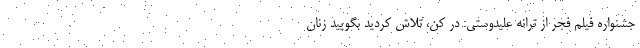
جشنواره فیلم فجر از ترانه علیدوستی: در کن، تلاش کردید بگویید زنان